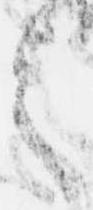
之